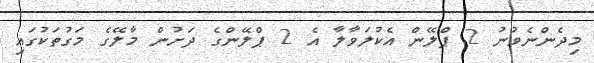
މިދެންނެވުނު 2 ޕްލޭން އެކުލަވާލާ އެ 2 ޕްލޭންގެ ދަށުން މާލޭގެ މަގުތަކުގައި